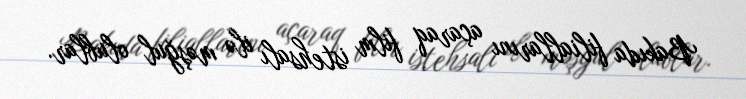
Bakıda filiallarını açaraq film istehsalı ilə məşğul olublar.